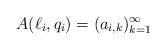
LaTeX: \begin{align*}A(\ell_i,q_i) = (a_{i,k})_{k=1}^{\infty}\end{align*}